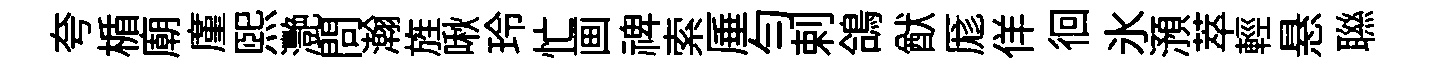
夸楯廟廑熙灧問瀚旌啾玲忙画禆索厜勻剌鴿猷厖佯徊氷澦萃輕悬聮